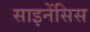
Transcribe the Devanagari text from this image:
साइनेंसिस